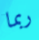
ربما